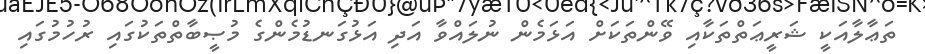
ތަޢާލާއަކީ ޝަރީޢަތްތަކާއި ވޭންތަކަށް އަޅަމެން ނުލައްވާ އަދި އަޅުގަނޑުމެންގެ މުޞީބާތްތަކުގައި ރުހުމުގައި